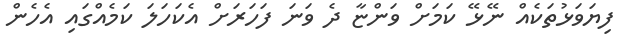
ފިޔަވަޅުތަކެއް ނޭޅޭ ކަމަށް ވަންޏާ ދެ ވަނަ ފަހަރަށް އެކަހަލަ ކަމެއްގައި އެހެން